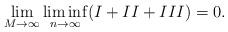
LaTeX: \begin{align*}\lim_{M\rightarrow\infty}\liminf_{n\rightarrow\infty} (I + II + III) = 0 .\end{align*}